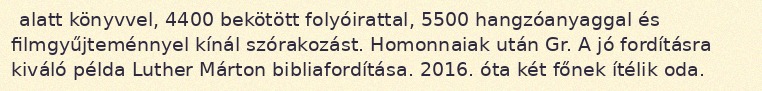
alatt könyvvel, 4400 bekötött folyóirattal, 5500 hangzóanyaggal és filmgyűjteménnyel kínál szórakozást. Homonnaiak után Gr. A jó fordításra kiváló példa Luther Márton bibliafordítása. 2016. óta két főnek ítélik oda.